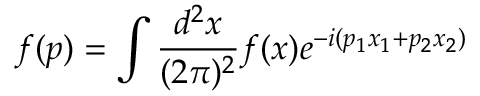
f ( p ) = \int \frac { d ^ { 2 } x } { ( 2 \pi ) ^ { 2 } } f ( x ) e ^ { - i ( p _ { 1 } x _ { 1 } + p _ { 2 } x _ { 2 } ) }